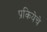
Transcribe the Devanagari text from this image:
प्रकियेचे